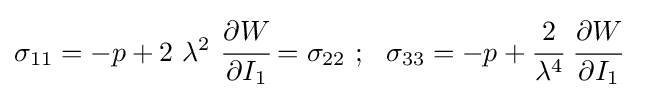
\sigma _{11}=-p+2~\lambda ^{2}~{\cfrac {\partial W}{\partial I_{1}}}=\sigma _{22}~;~~\sigma _{33}=-p+{\cfrac {2}{\lambda ^{4}}}~{\cfrac {\partial W}{\partial I_{1}}}~